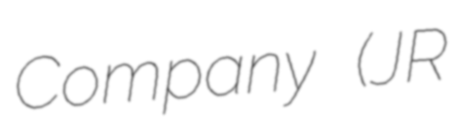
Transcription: Company (JR